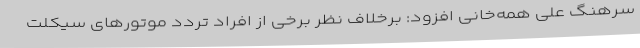
سرهنگ علی همه‌خانی افزود: برخلاف نظر برخی از افراد تردد موتورهای سیکلت